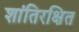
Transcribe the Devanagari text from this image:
शांतिरक्षित